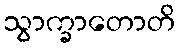
သွာက္ခာတောတိ